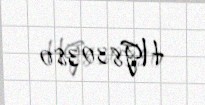
HG830380